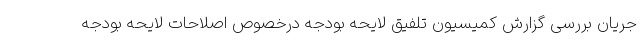
جریان بررسی گزارش کمیسیون تلفیق لایحه بودجه درخصوص اصلاحات لایحه بودجه